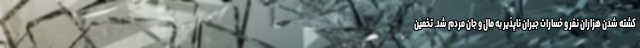
کشته شدن هزاران نفر و خسارات جبران ناپذیر به مال و جان مردم شد. تخمین